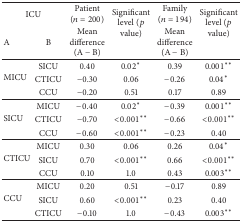
<table><thead><tr><td colspan="2"><b>ICU</b></td><td><b>Patient (<i>n</i> = 200)</b></td><td rowspan="2"><b>Significant level (<i>p</i> value)</b></td><td><b>Family (<i>n</i> = 194)</b></td><td rowspan="2"><b>Significant level (<i>p</i> value)</b></td></tr><tr><td><b>A</b></td><td><b>B</b></td><td><b>Mean difference (A − B)</b></td><td><b>Mean difference (A − B)</b></td></tr></thead><tbody><tr><td rowspan="3">MICU</td><td>SICU</td><td>0.40</td><td>0.02<sup><i>∗</i></sup></td><td>0.39</td><td>0.001<sup><i>∗∗</i></sup></td></tr><tr><td>CTICU</td><td>−0.30</td><td>0.06</td><td>−0.26</td><td>0.04<sup><i>∗</i></sup></td></tr><tr><td>CCU</td><td>−0.20</td><td>0.51</td><td>0.17</td><td>0.89</td></tr><tr><td rowspan="3">SICU</td><td>MICU</td><td>−0.40</td><td>0.02<sup><i>∗</i></sup></td><td>−0.39</td><td>0.001<sup><i>∗∗</i></sup></td></tr><tr><td>CTICU</td><td>−0.70</td><td>&lt;0.001<sup><i>∗∗</i></sup></td><td>−0.66</td><td>&lt;0.001<sup><i>∗∗</i></sup></td></tr><tr><td>CCU</td><td>−0.60</td><td>&lt;0.001<sup><i>∗∗</i></sup></td><td>−0.23</td><td>0.40</td></tr><tr><td rowspan="3">CTICU</td><td>MICU</td><td>0.30</td><td>0.06</td><td>0.26</td><td>0.04<sup><i>∗</i></sup></td></tr><tr><td>SICU</td><td>0.70</td><td>&lt;0.001<sup><i>∗∗</i></sup></td><td>0.66</td><td>&lt;0.001<sup><i>∗∗</i></sup></td></tr><tr><td>CCU</td><td>0.10</td><td>1.0</td><td>0.43</td><td>0.003<sup><i>∗∗</i></sup></td></tr><tr><td rowspan="3">CCU</td><td>MICU</td><td>0.20</td><td>0.51</td><td>−0.17</td><td>0.89</td></tr><tr><td>SICU</td><td>0.60</td><td>&lt;0.001<sup><i>∗∗</i></sup></td><td>0.23</td><td>0.40</td></tr><tr><td>CTICU</td><td>−0.10</td><td>1.0</td><td>−0.43</td><td>0.003<sup><i>∗∗</i></sup></td></tr></tbody></table>